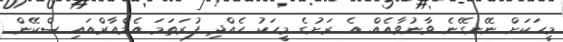
މީހަކަށް ނޭނގޭނެ ވާނުވާއެއް. އެ ރަށުގެ މީހަކު ހެއްދި ފުރަތަމަ އެމްއާރްއައި ސްކޭން